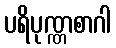
ပရိပုဏ္ဏစာဂါ